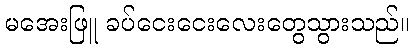
မအေးဖြူ ခပ်ငေးငေးလေးတွေသွားသည်။